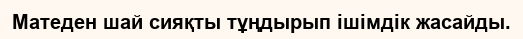
Матеден шай сияқты тұңдырып ішімдік жасайды.